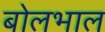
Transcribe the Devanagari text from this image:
बोलभाल